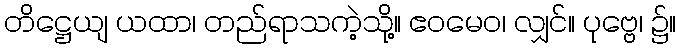
တိဋ္ဌေယျ ယထာ၊ တည်ရာသကဲ့သို့။ ဧဝမေဝ၊ လျှင်။ ပုဗ္ဗေ၊ ၌။